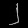
Digit: ၂